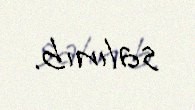
salınıb.